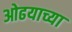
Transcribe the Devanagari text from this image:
ओढयाच्या